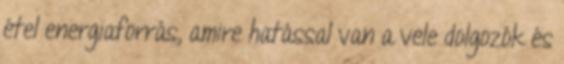
étel energiaforrás, amire hatással van a vele dolgozók és